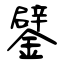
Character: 鐾